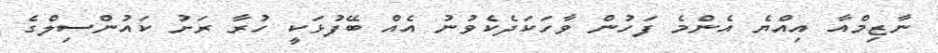
ނާޒިމްއާ އިއްޔެ އެންމެ ފަހުން ވާހަކަދެކެވުނު އެއް ބޭފުޅަކީ ހުރާ ރަށު ކައުންސިލްގެ